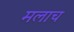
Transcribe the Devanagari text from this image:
मलाच